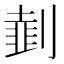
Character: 𠟜